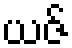
ယဇ်